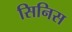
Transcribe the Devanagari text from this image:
सिनिस